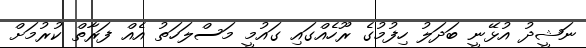
ނަޝީދު އުޅޭނީ ބަދަލު ހިފުމުގެ ރޫހެއްގައި ގައުމީ މަސްލަހަތު އެއް ފަރާތް ކުރުމަށް